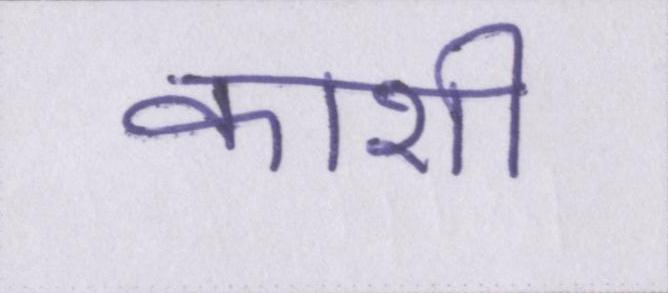
काशी